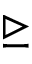
\trianglerighteq